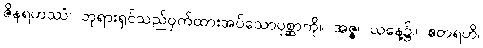
ဇိနရဟဿံ၊ ဘုရားရှင်သည်ဝှက်ထားအပ်သောပုစ္ဆာကို။ အဇ္ဇ၊ ယနေ့၌။ ဧတရဟိ၊